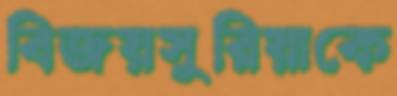
বিজয়সুরিয়াকে